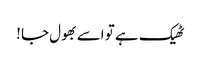
ٹھیک ہے تو اسے بھول جا !